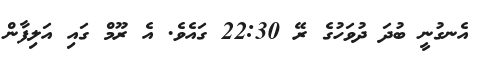
އެނގުނީ ބުދަ ދުވަހުގެ ރޭ 22:30 ގައެވެ. އެ ރޫމް ގައި އަލިފާން